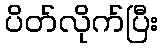
ပိတ်လိုက်ပြီး